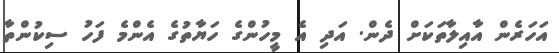
އަހަރެން އާއިލާތަކަށް ދެން. އަދި އެ މީހުންގެ ހަޔާތުގެ އެންމެ ފަހު ސިކުންތާ